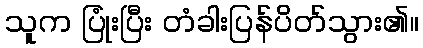
သူက ပြုံးပြီး တံခါးပြန်ပိတ်သွား၏။